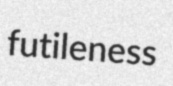
futileness